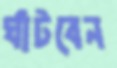
ঘাঁটবেন